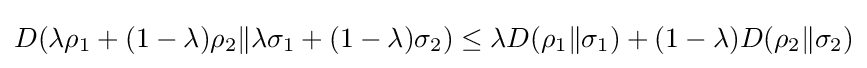
D(\lambda \rho _{1}+(1-\lambda )\rho _{2}\|\lambda \sigma _{1}+(1-\lambda )\sigma _{2})\leq \lambda D(\rho _{1}\|\sigma _{1})+(1-\lambda )D(\rho _{2}\|\sigma _{2})